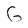
Character: G